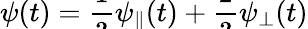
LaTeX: \psi(t)=\smash{\frac{1}{3}\psi_{\parallel}(t)+\frac{2}{3}\psi_{\perp}(t)}